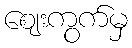
ဈေးကွက်မှ